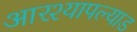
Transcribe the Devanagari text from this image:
आरश्यापल्याड